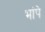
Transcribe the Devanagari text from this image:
भांपे